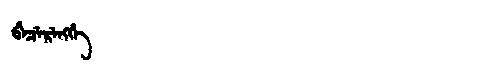
Manchu: ᠪᡝᠴᡝᡵᡝᠩᡤᡝ
Romanization: BECERENGGE